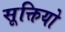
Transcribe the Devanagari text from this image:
सूक्तियो